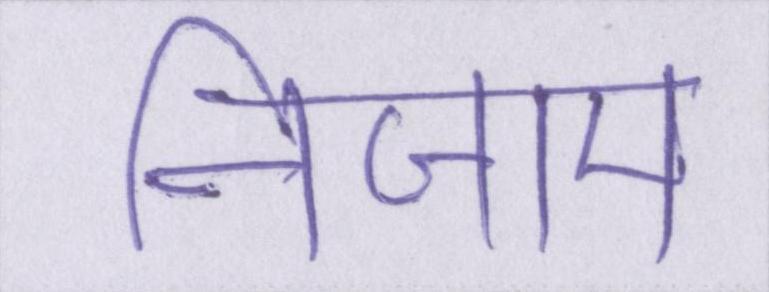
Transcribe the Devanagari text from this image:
निजाम